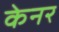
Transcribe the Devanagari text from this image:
केनर